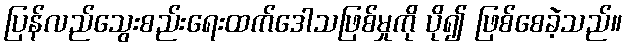
ပြန်လည်သွေးစည်းရေးထက်ဒေါသဖြစ်မှုကို ပို၍ ဖြစ်စေခဲ့သည်။